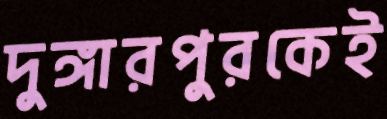
দুঙ্গারপুরকেই